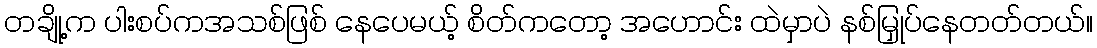
တချို့က ပါးစပ်ကအသစ်ဖြစ် နေပေမယ့် စိတ်ကတော့ အဟောင်း ထဲမှာပဲ နစ်မြှုပ်နေတတ်တယ်။